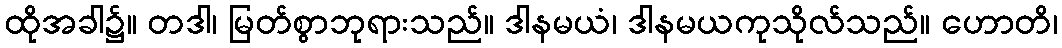
ထိုအခါ၌။ တဒါ၊ မြတ်စွာဘုရားသည်။ ဒါနမယံ၊ ဒါနမယကုသိုလ်သည်။ ဟောတိ၊